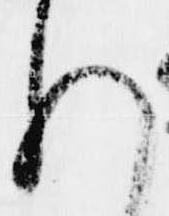
悦